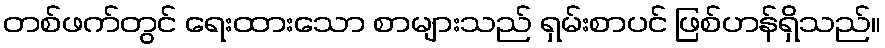
တစ်ဖက်တွင် ရေးထားသော စာများသည် ရှမ်းစာပင် ဖြစ်ဟန်ရှိသည်။